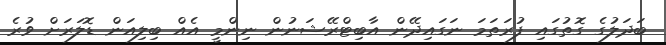
ބަދަލުގެ ގޮތުގައި ފުރަތަމަ ނަގައިދޭން އާބިޓްރޭޝަނުން ނިންމީ އެއް ބިލިއަން ޑޮލަރަށް ވުރެ